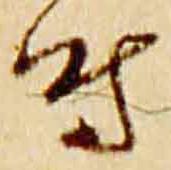
時